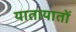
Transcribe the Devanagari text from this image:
यातायातों